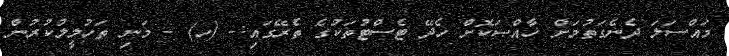
މައްސަލަ ދެނެގަތުމަށް ޚާއްޞަކޮށް ހެދޭ ޓެސްޓުތަކުގެ ތެރޭގައި:- (ހ) - މަނި ތަހުލީލުކުރުން